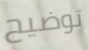
توضيح